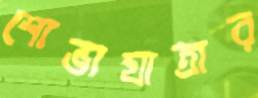
শোভাযাত্রার